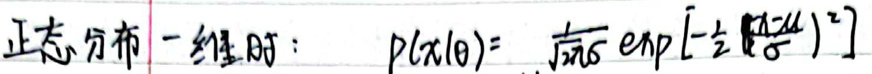
正态分布一维时：\(p(x|\theta)=\frac{1}{\sqrt{2\pi}}\exp\left[-\frac{1}{2}\left(\frac{x-\mu}{\sigma}\right)^2\right]\)